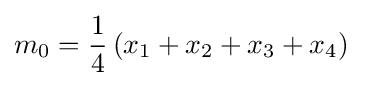
m_{0}={\frac {1}{4}}\left(x_{1}+x_{2}+x_{3}+x_{4}\right)\